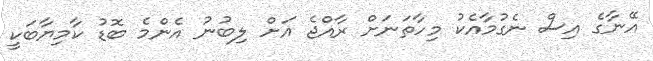
އޭނާގެ އިސް ނެގުމާއެކު މިހާތަނަށް ރާއްޖެ އަށް ލިބުނު އެންމެ ބޮޑު ކާމިޔާބަކީ